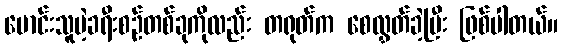
မောင်းသူမဲ့ခရီးစဉ်တစ်ခုကိုလည်း တရုတ်က စေလွှတ်ခဲ့ပြီး ဖြစ်ပါတယ်။